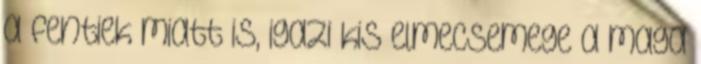
a fentiek miatt is, igazi kis elmecsemege a maga